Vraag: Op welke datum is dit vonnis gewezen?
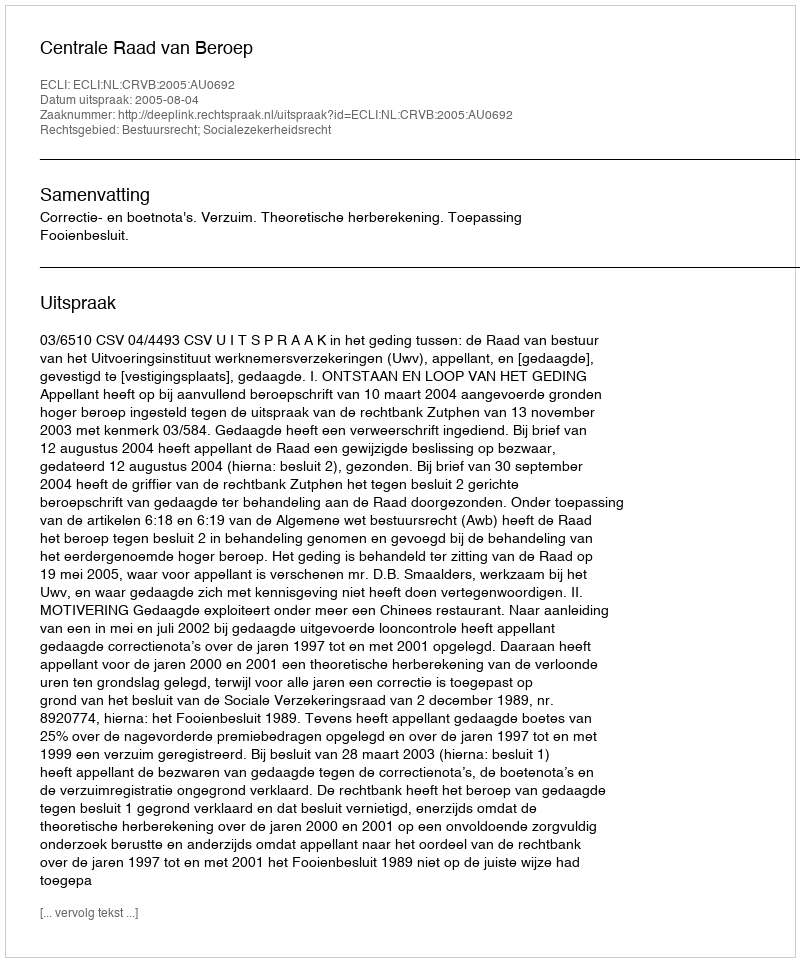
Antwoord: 2005-08-04